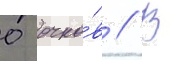
0 очко́в // В